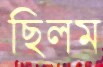
ছিলম